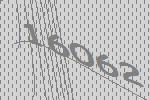
16062